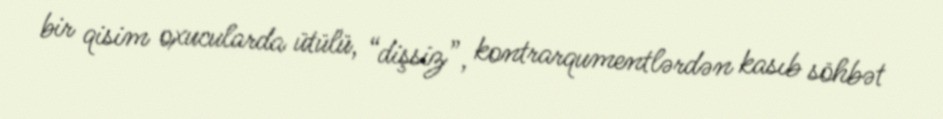
bir qisim oxucularda ütülü, “dişsiz”, kontrarqumentlərdən kasıb söhbət